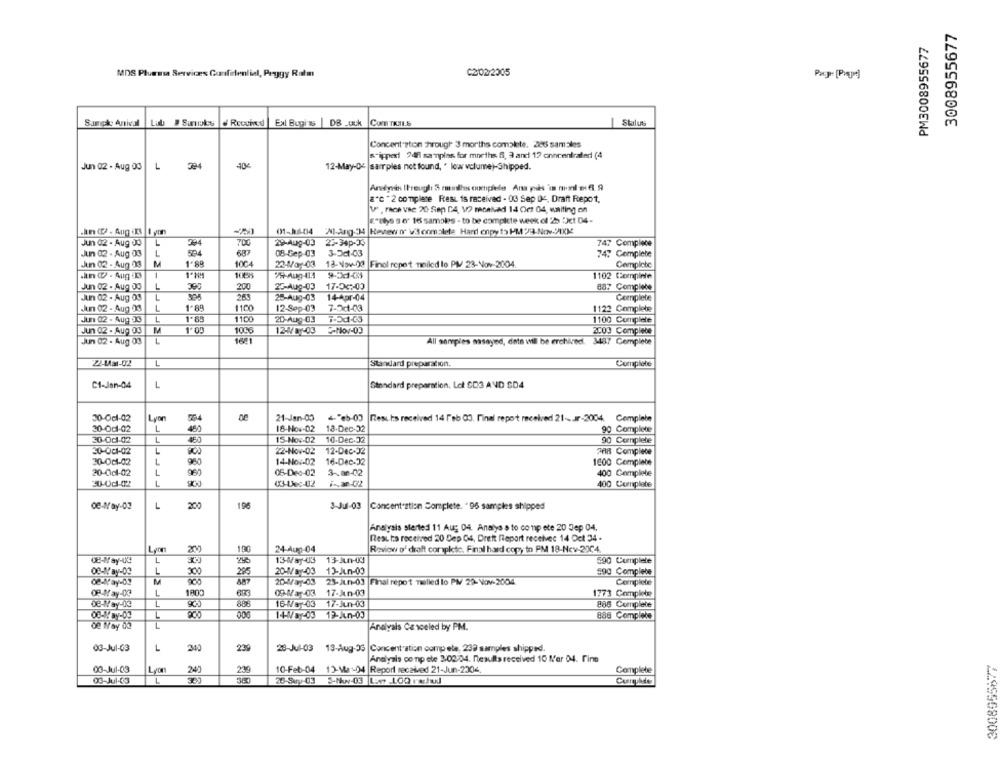
3008955677
PM3008955677
MDS Pluessa Serviræs Confidential, Peggy Ratm
C2/02/2005
Suck Antical
Lub # Sanvols . Received
Ext Burits | DB _uuk Com T.s
Stylus
Concent ston hrough 3 morths complete. 286 sam zles
s-ippedi 248 samples for months. 6, 3 and 17 cnncentralind (4
Jun 02 . Aug 00
L
324
40€
12-May-04 |samples not found, " low volume)-Shipped.
a"c " 2 complete Rest is received - 03 Sep 04, Draft Repot,
V . Face vac 20 Sep CA, V7 moalvad 14 Oct 04, waiting on
E"ulys se" 16 samoles - to be complete week of 25 :Jct 04-
01-06-04
221-Ang-34 |Heview nr V'Scomplete Hard onpyt> PM23-Nov-PIKK
Jun 02 - Aug Jo
L
700
29-Aug-03 27-34p-33
747 Complece
1
204
687
08-Cep-03
3-Oct-03
Jun 02 . Aug 03
504
747 Complete
Jun 02 - Aug 03
M
1.89
1004
22-Way-03 13-Nov-20 Final repet mailed to PM 23-Nov-2004
Complete
.n &D - Aug 3
-
1*HM
1085
9%-Aug-41.1
9-5-14
1102 Complete
Jun 02 . Aug 0g
L
20
25-Aug-03
17-04:00
887 Complete
Jun 02 . Aug 03
1
259
25-Aug-03
14-Apr-04
kun 02 - Aug 03
1
1.89
1100
12-Sep-03
7-2c1-03
un 02 - Aug J3
L
1100
20-Aug-03
1100 Complete
1006
Jun 02 - Aug 03
1'00
12-481-03
2-Nov-03
2003 Complete
Jun 02 . Aug 03
L
1681
All sompies asayed, date will be erchired. 3437 Complete
22-Mar-02
L
Standard preparation.
Complete
C1-Jan-04
L
Standard preparation. Lot CD3 AND SD4
30-0cl-02
Lyon
21-Jan-00
Rest Is received 14 ['eb 03. Final report received 21 -.. Ir-2004. Complete
L
30-Od1-02
18-Nov-02
18-Dec-32
90 Complete
30.0d-02
L
453
15-Nov-02
10-Dec-32
90 Complete
30-001-02
L
22-Nov-02
12-Dec-32
708 Complece
30-001-02
L
960
14-Nov-02
16-Dec-32
1600 Complete
20-0cl-02
L
05-Dec-02
3~an-02
400 Complete
30-00-02
L
0X3-Les-02
i-san-02
400 Complete
œ-May-03
L
200
196
3-Jul-03
Concentration Complete. "96 samples shipped
Analysis started 11 Aug 04. Analys s to co np ete 20 Jep 04.
Rest ta received 20 Dep O4, Drett Report receivec 14 Oct 34 .
100
24-Aug-04
Review o' draft complete. Final hard copy to PM 18-Nov-2004.
DE-May-03
L
13-May-03
13-Jun-03
590 Complete
OG-Way-09
L
20-May-03
13-Jun-00
590 Complete
200
295
œ-Way-de
900
20-May-03
23-Jun-03 Final repot nelled lo PM 29-Nov-2004
08-May-03
L
623
09-Mar-03
17-Jun-03
1773 Complete
17-Jun-03
L
886
16-Way-03
886 Complete
L
006
12-Jun-03
886 Complete
L
Analyals Ce sceled by PM.
03-Jul-G3
L
340
239
28-Jul-03 13-Aug-35|Concentration comp ete, 232 samples shipped.
Analysis conp ole 3/02/04. Resulta received 10 Mer 04. Fine
03-Jul-03
230
10-Feb-04 13-Ma:04 |Report received 21-Jun-2004.
Complete
24]
03-Jul-63
L
25-Say-03
Cuerguldles
229956800₺